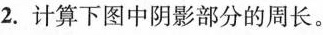
2.计算下图中阴影部分的周长。